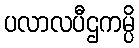
ပလာလပီဌကမ္ပိ